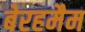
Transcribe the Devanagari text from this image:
बेरहमैम